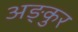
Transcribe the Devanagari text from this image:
अङ्कुर